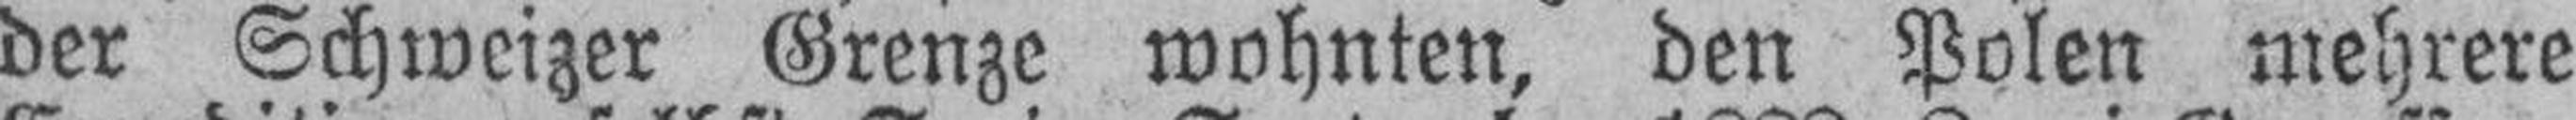
der Schweizer Grenze wohnten, den Polen mehrere